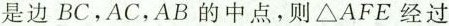
是边BC，AC，AB的中点，则△AFE经过